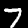
Digit: 7